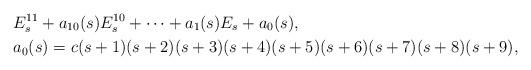
LaTeX: \begin{align*}&E_s^{11} + a_{10}(s)E_s^{10} + \cdots + a_1(s)E_s + a_0(s), \\&a_0(s) = c(s+1)(s+2)(s+3)(s+4)(s+5)(s+6)(s+7)(s+8)(s+9),\end{align*}